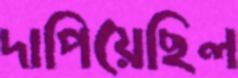
দাপিয়েছিল